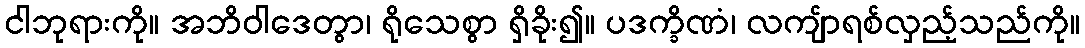
ငါဘုရားကို။ အဘိဝါဒေတွာ၊ ရိုသေစွာ ရှိခိုး၍။ ပဒက္ခိဏံ၊ လကျ်ာရစ်လှည့်သည်ကို။